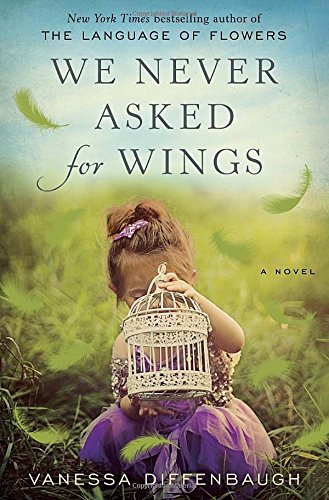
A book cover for We Never Asked for Wings: A Novel; Vanessa Diffenbaugh; Literature & Fiction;